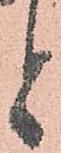
と